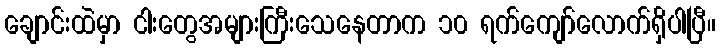
ချောင်းထဲမှာ ငါးတွေအများကြီးသေနေတာက ၁၀ ရက်ကျော်လောက်ရှိပါပြီ။